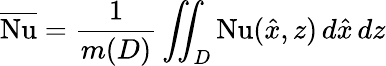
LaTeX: \overline{{\mathrm{Nu}}}=\frac{1}{m(D)}\iint_{D}^{}\mathrm{Nu}(\hat{x},z)\, d\hat{x}\, dz